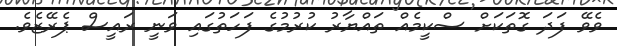
ވެވޭ ފަދަ ގޮތަކަށް ސްކީމެއް ތައްޔާރު ކުރުމުގެ ފަހަތުގައި ވަނީ ރައީސް ޕެރޭޒެވެ.